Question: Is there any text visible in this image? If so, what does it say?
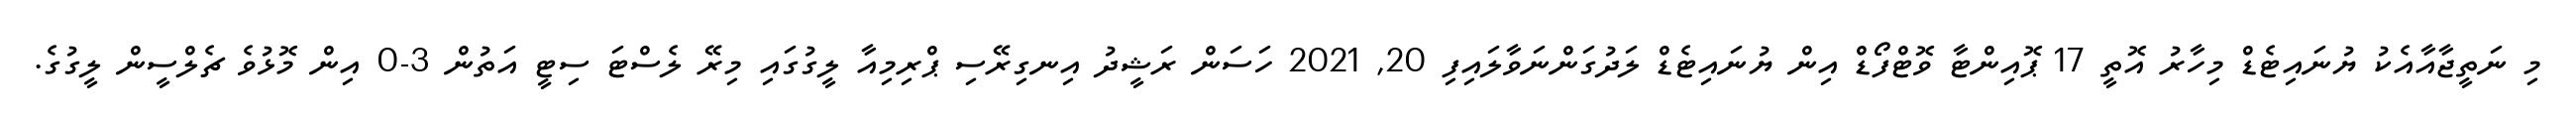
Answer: މި ނަތީޖާއާއެކު ޔުނައިޓެޑް މިހާރު އޮތީ 17 ޕޮއިންޓާ ވޮޓްފޯޑް އިން ޔުނައިޓެޑް ލަދުގަންނަވާލައިފި 20, 2021 ހަސަން ރަޝީދު އިނގިރޭސި ޕްރިމިއާ ލީގުގައި މިރޭ ލެސްޓަ ސިޓީ އަތުން 3-0 އިން މޮޅުވެ ޗެލްސީން ލީގުގެ.